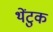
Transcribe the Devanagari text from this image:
थेंटुक